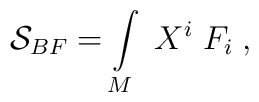
\mathcal{S}_{BF}=\int\limits_{M}\;X^i\;F_i\;,